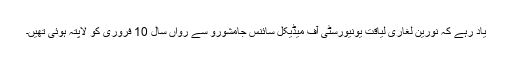
یاد رہے کہ نورین لغاری لیاقت یونیورسٹی آف میڈیکل سائنس جامشورو سے رواں سال 10 فروری کو لاپتہ ہوئی تھیں۔